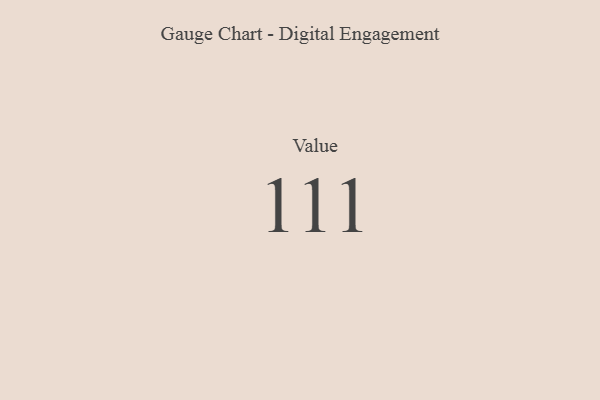
{"axis": {"x": "Metric", "y": "Value"}, "legend": [""], "data": [{"x": "Value", "y": 111, "type": ""}]}